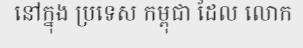
នៅក្នុង ប្រទេស កម្ពុជា ដែល លោក